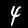
Label: 4